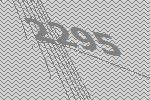
2295